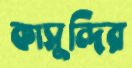
কাসুন্দির